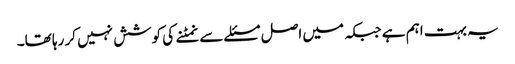
یہ بہت اہم ہے جبکہ میں اصل مسئلے سے نمٹنے کی کوشش نہیں کر رہا تھا۔